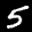
Label: 5